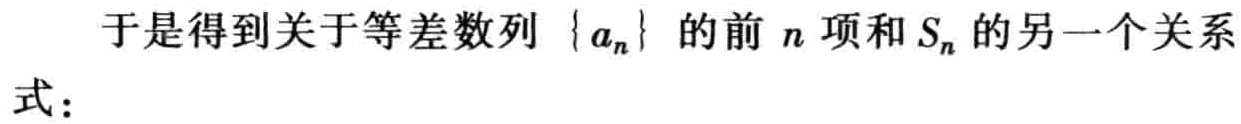
于是得到关于等差数列\(\{ a_{n}\}\)的前\(n\)项和\(S_{n}\)的另一个关系式：